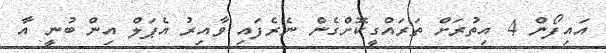
އައިފޯން 4 އިތުރަށް ތަރައްގީކޮށްގެން ނެރެފައި ވާއިރު އެޕަލް އިން ބުނީ އާ